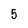
Character: 5